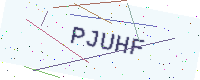
Text: PJUHF